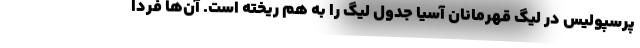
پرسپولیس در لیگ قهرمانان آسیا جدول لیگ را به هم ریخته است. آن‌ها فردا